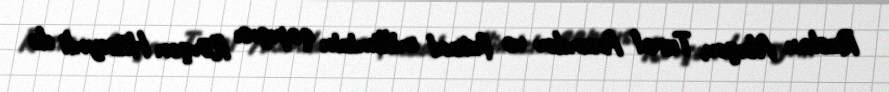
Ruslan Abışov, Tural Axundov və futzal millimizin qapıçısı Rövşən Hüseynli də